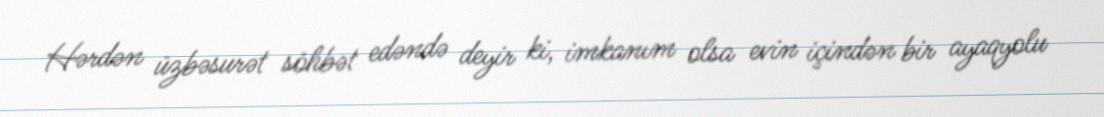
Hərdən üzbəsurət söhbət edəndə deyir ki, imkanım olsa evin içindən bir ayaqyolu